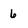
Character: 6